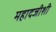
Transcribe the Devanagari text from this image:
महादजीशी